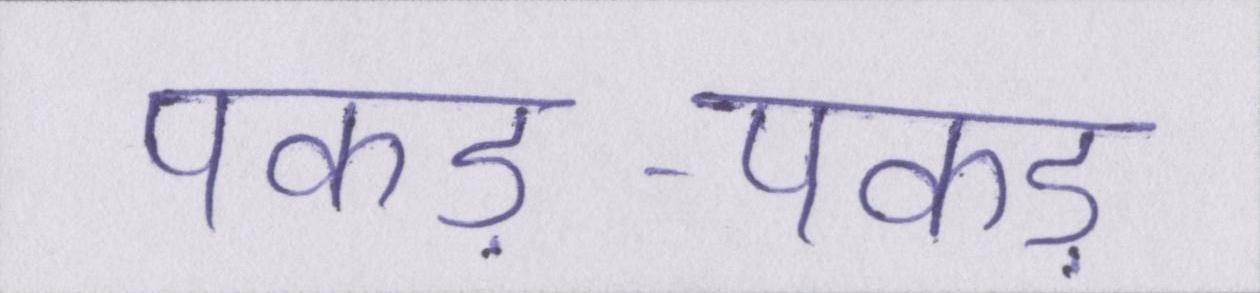
पकड़-पकड़